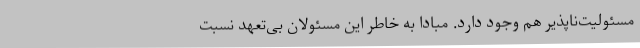
مسئولیت‌ناپذیر هم وجود دارد. مبادا به خاطر این مسئولان بی‌تعهد نسبت